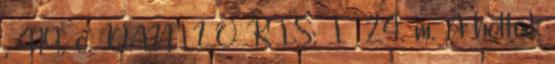
, 419. o. DANILO KIŠ: I 24. m. A holtak